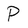
Character: P